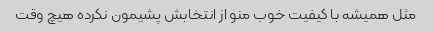
مثل همیشه با کیفیت خوب منو از انتخابش پشیمون نکرده هیچ وقت